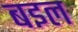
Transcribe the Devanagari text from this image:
बइल